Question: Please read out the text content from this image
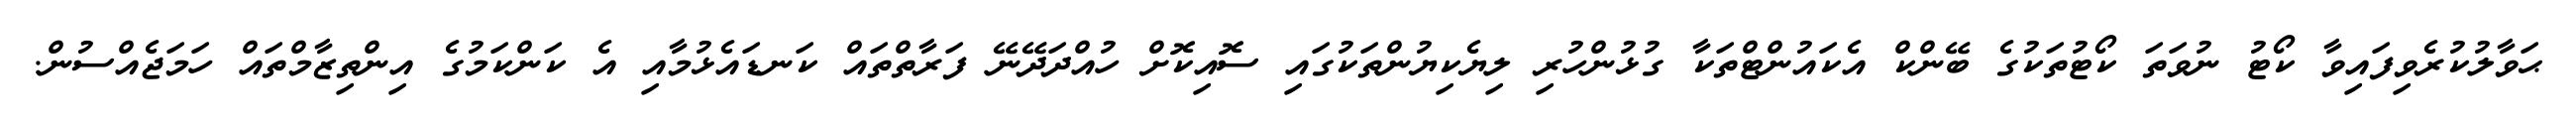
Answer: ޙަވާލުކުރެވިފައިވާ ކޯޓު ނުވަތަ ކޯޓުތަކުގެ ބޭންކް އެކައުންޓްތަކާ ގުޅުންހުރި ލިޔެކިޔުންތަކުގައި ސޮއިކޮށް ހުއްދަދޭނޭ ފަރާތްތައް ކަނޑައެޅުމާއި އެ ކަންކަމުގެ އިންތިޒާމްތައް ހަމަޖެއްސުން.